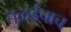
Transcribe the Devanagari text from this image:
तुळईचाच